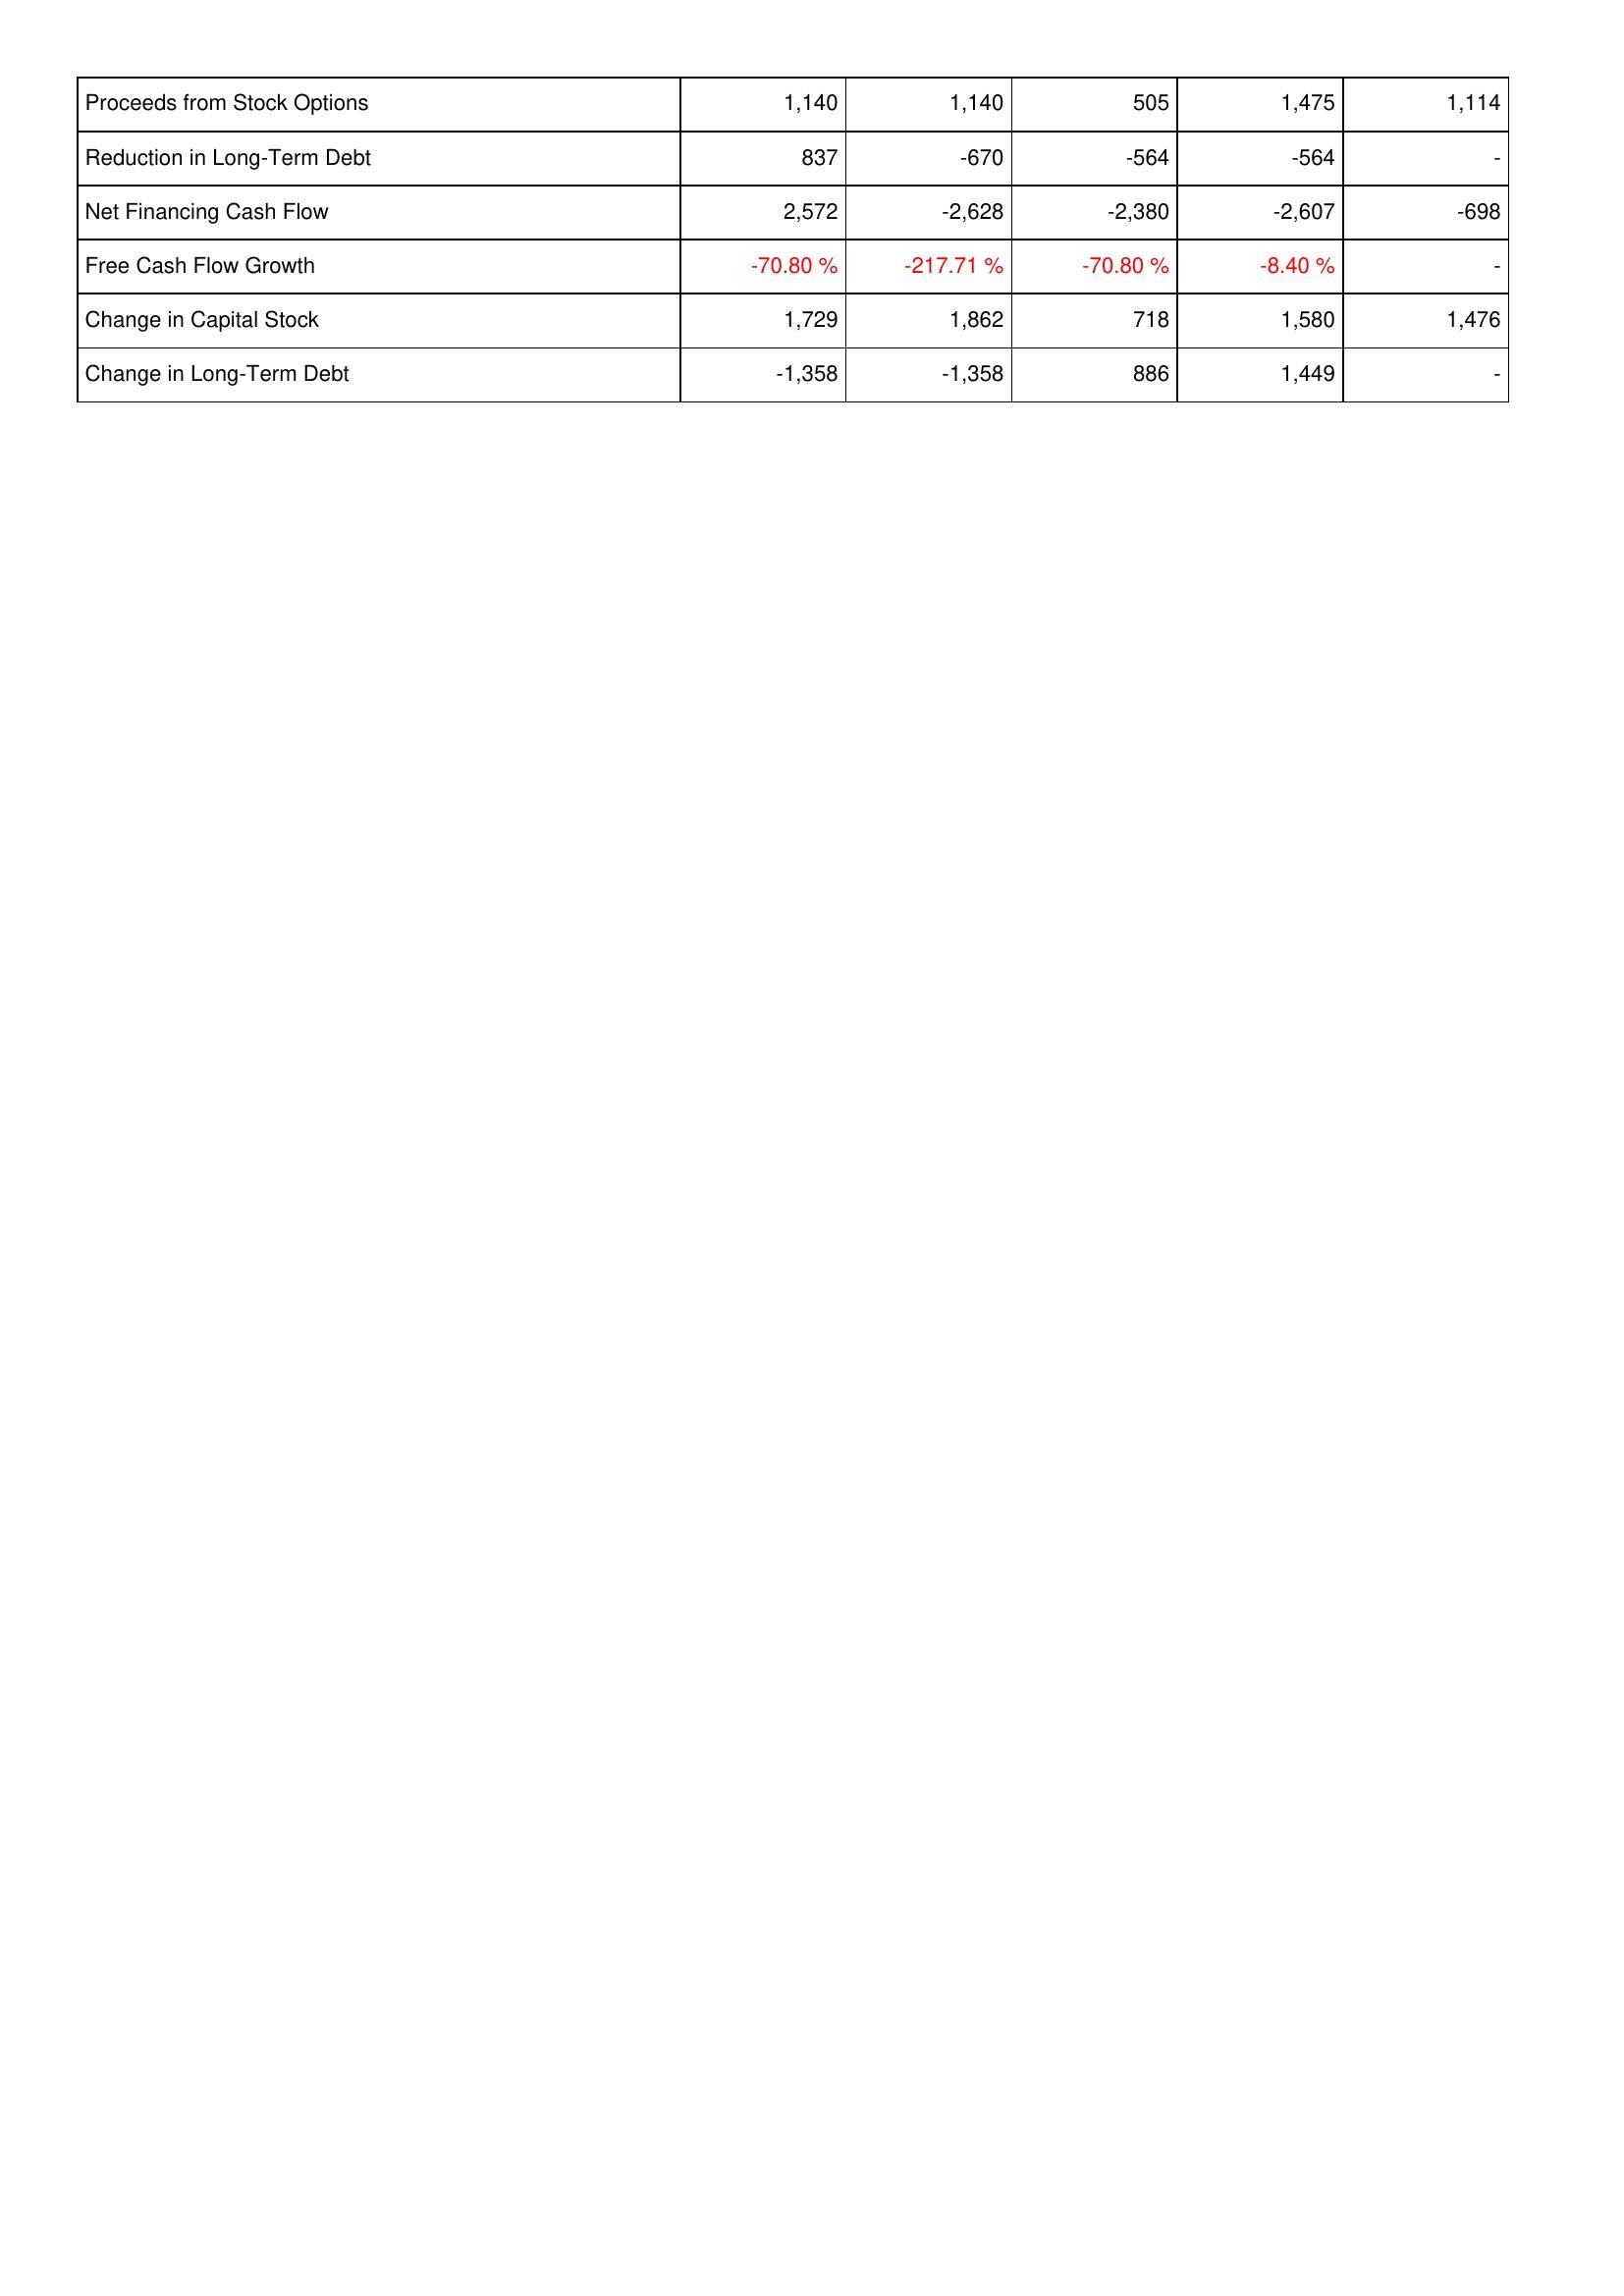
2011: Financing Activities: Proceeds from Stock Options: 1,140
Reduction in Long-Term Debt: 837
Net Financing Cash Flow: 2,572
Free Cash Flow Growth: -70.80 %
Change in Capital Stock: 1,729
Change in Long-Term Debt: -1,358
2010: Financing Activities: Proceeds from Stock Options: 1,140
Reduction in Long-Term Debt: -670
Net Financing Cash Flow: -2,628
Free Cash Flow Growth: -217.71 %
Change in Capital Stock: 1,862
Change in Long-Term Debt: -1,358
2009: Financing Activities: Proceeds from Stock Options: 505
Reduction in Long-Term Debt: -564
Net Financing Cash Flow: -2,380
Free Cash Flow Growth: -70.80 %
Change in Capital Stock: 718
Change in Long-Term Debt: 886
2008: Financing Activities: Proceeds from Stock Options: 1,475
Reduction in Long-Term Debt: -564
Net Financing Cash Flow: -2,607
Free Cash Flow Growth: -8.40 %
Change in Capital Stock: 1,580
Change in Long-Term Debt: 1,449
2007: Financing Activities: Proceeds from Stock Options: 1,114
Reduction in Long-Term Debt: -
Net Financing Cash Flow: -698
Free Cash Flow Growth: -
Change in Capital Stock: 1,476
Change in Long-Term Debt: -